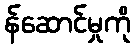
န်ဆောင်မှုကို